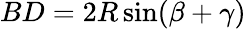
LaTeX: BD=2R\sin(\beta+\gamma)